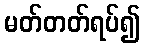
မတ်တတ်ရပ်၍